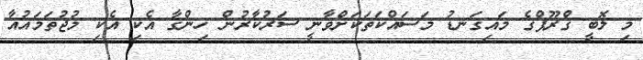
މި ލޮބީ ގްރޫޕްގެ މައިގަނޑު މަސައްކަތަކަށްވާނީ ސަރުކާރުން ހިންގާ އެކި އެކި މުޖުތަމައުއާ